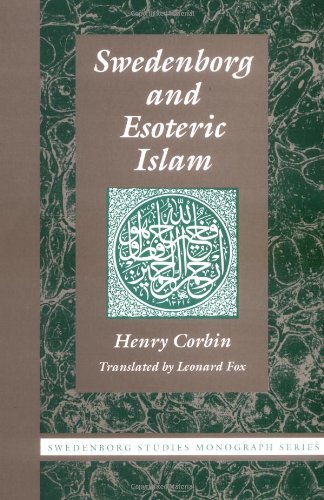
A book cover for SWEDENBORG AND ESOTERIC ISLAM (Swedenborg Studies); Henry Corbin; Religion & Spirituality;